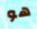
هو